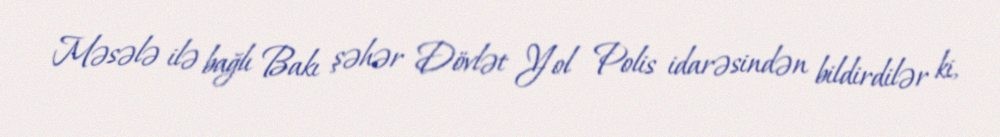
Məsələ ilə bağlı Bakı şəhər Dövlət Yol Polis idarəsindən bildirdilər ki,